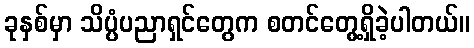
ခုနှစ်မှာ သိပ္ပံပညာရှင်တွေက စတင်တွေ့ရှိခဲ့ပါတယ်။